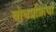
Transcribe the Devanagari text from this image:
बोधप्रक्रिया